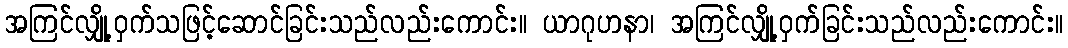
အကြင်လျှို့ဝှက်သဖြင့်ဆောင်ခြင်းသည်လည်းကောင်း။ ယာဂုဟနာ၊ အကြင်လျှို့ဝှက်ခြင်းသည်လည်းကောင်း။